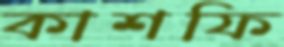
কাশফি